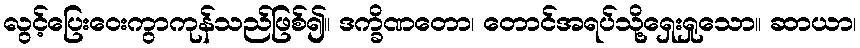
လွင့်ပြေးဝေးကွာကုန်သည်ဖြစ်၍။ ဒက္ခိဏတော၊ တောင်အရပ်သို့ရှေးရှုသော။ ဆာယာ၊